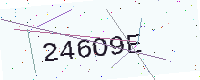
Text: 246O9E